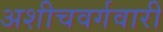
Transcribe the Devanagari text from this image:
अशीचवर्गवारी